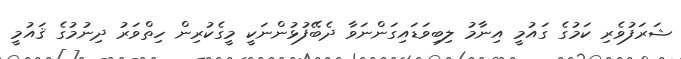
ޝަރަފުވެރި ކަމުގެ ގައުމީ އިނާމު ލިބިވަޑައިގަންނަވާ ދެބޭފުޅުންނަކީ މީގެކުރިން ހިތްވަރު ދިނުމުގެ ޤައުމީ